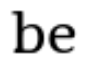
be